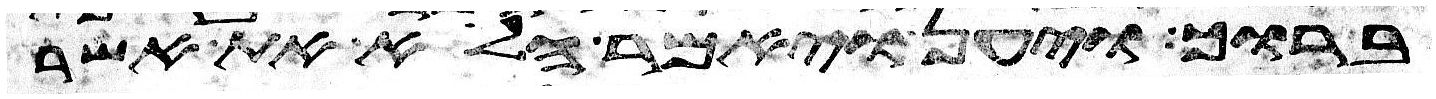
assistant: ברוך ויען ויאמר הלוא את אשר